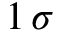
1 \, \sigma